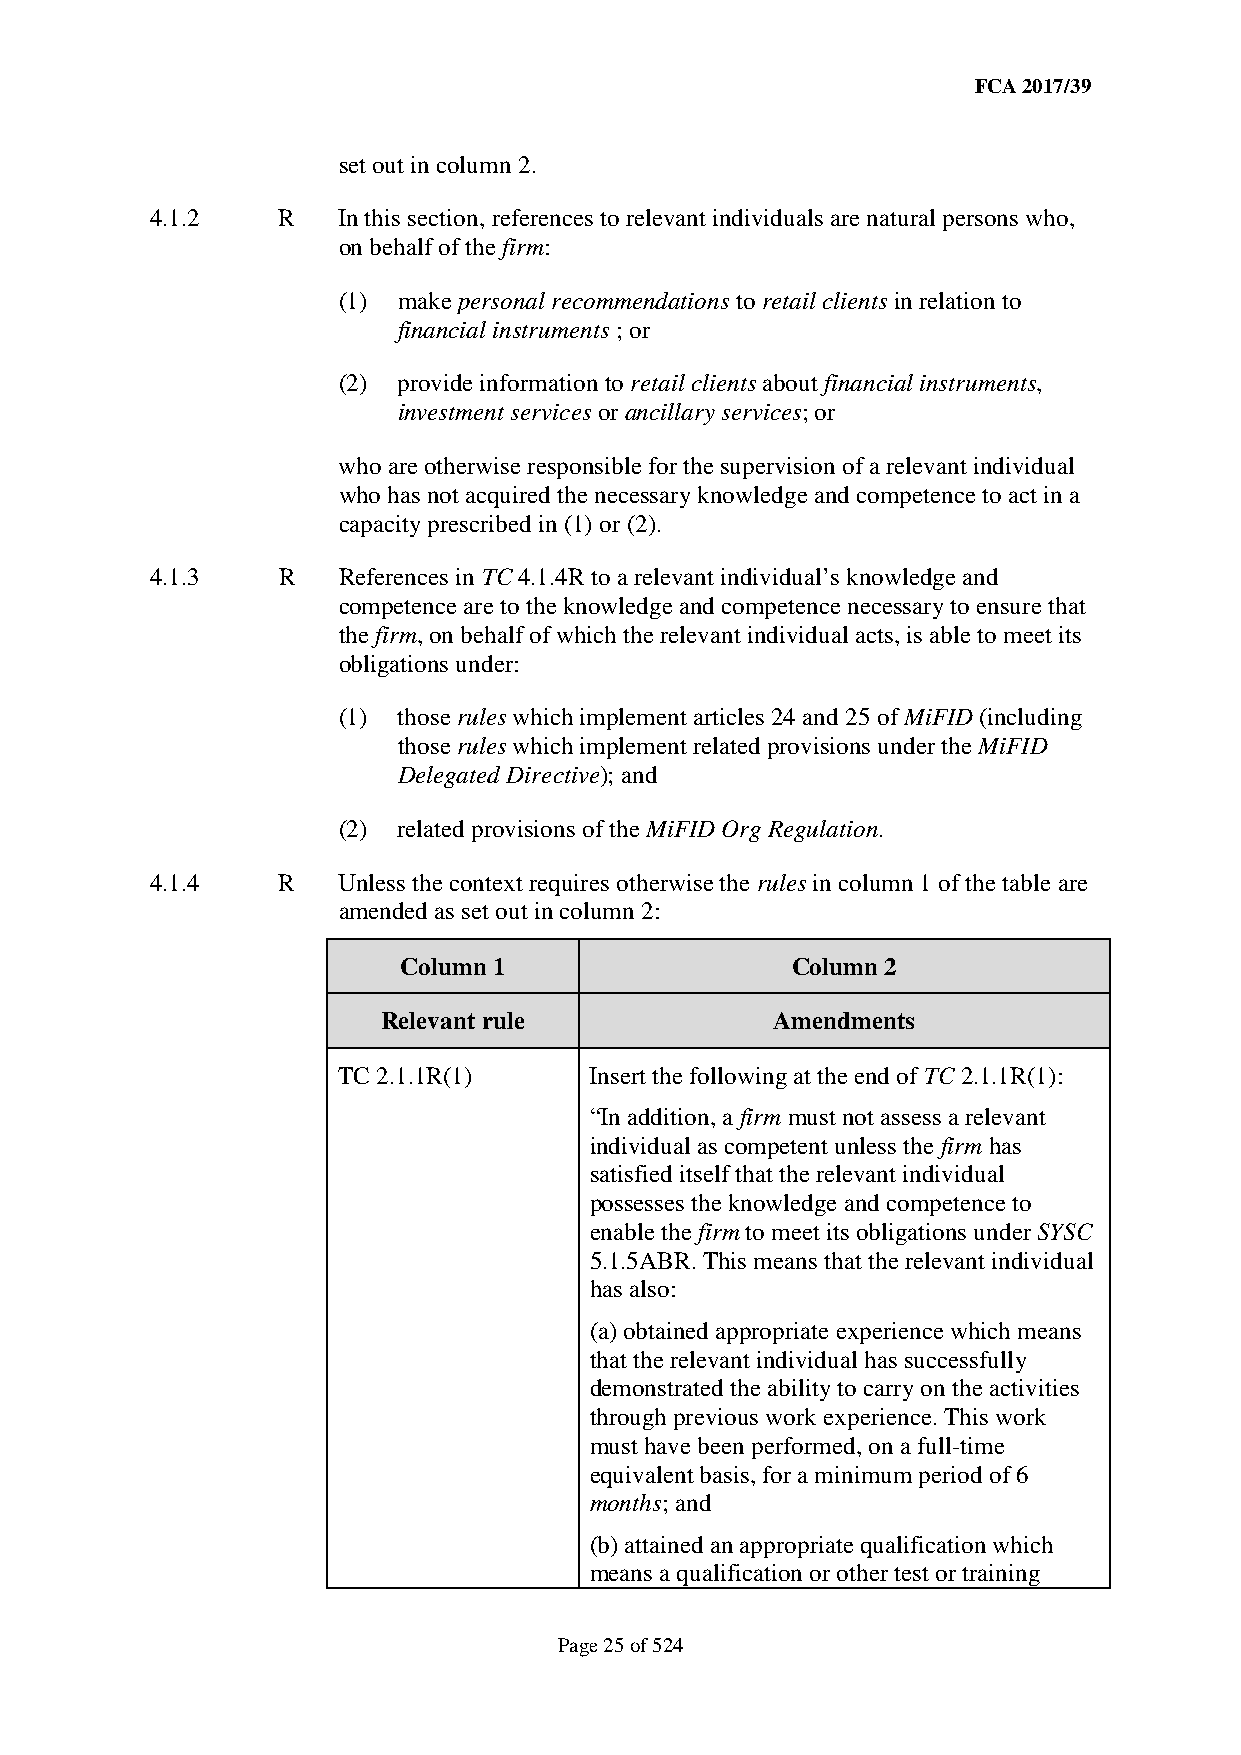
FCA 2017/39
 set out in column 2.
 4.1.2   R   In this section, references to relevant individuals are natural persons who,
 on behalf of the firm:
 (1) make personal recommendations to retail clients in relation to
 financial instruments ; or
 (2) provide information to retail clients about financial instruments,
 investment services or ancillary services; or
 who are otherwise responsible for the supervision of a relevant individual
 who has not acquired the necessary knowledge and competence to act in a
 capacity prescribed in (1) or (2).
 4.1.3   R   References in TC 4.1.4R to a relevant individual’s knowledge and
 competence are to the knowledge and competence necessary to ensure that
 the firm, on behalf of which the relevant individual acts, is able to meet its
 obligations under:
 (1) those rules which implement articles 24 and 25 of MiFID (including
 those rules which implement related provisions under the MiFID
 Delegated Directive); and
 (2) related provisions of the MiFID Org Regulation.
 4.1.4   R   Unless the context requires otherwise the rules in column 1 of the table are
 amended as set out in column 2:
 Column 1                  Column 2
 Relevant rule             Amendments
 TC 2.1.1R(1)     Insert the following at the end of TC 2.1.1R(1):
 “In addition, a firm must not assess a relevant
 individual as competent unless the firm has
 satisfied itself that the relevant individual
 possesses the knowledge and competence to
 enable the firm to meet its obligations under SYSC
 5.1.5ABR. This means that the relevant individual
 has also:
 (a) obtained appropriate experience which means
 that the relevant individual has successfully
 demonstrated the ability to carry on the activities
 through previous work experience. This work
 must have been performed, on a full-time
 equivalent basis, for a minimum period of 6
 months; and
 (b) attained an appropriate qualification which
 means a qualification or other test or training
 Page 25 of 524